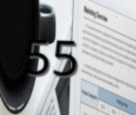
55